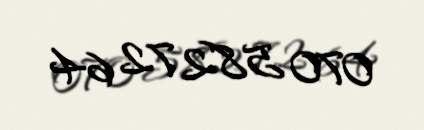
070 582 72 64